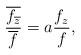
LaTeX: \begin{align*}\frac{\overline{f_{\overline{z}}}}{\overline{f}}=a\frac{f_{z}}{f},\end{align*}